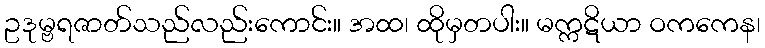
ဥဒုမ္ဗရဇာတ်သည်လည်းကောင်း။ အထ၊ ထိုမှတပါး။ မက္ကဋိယာ ဝကကေန၊